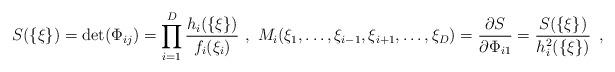
LaTeX: \begin{align*}S(\{\xi\})=\det(\Phi_{ij})=\prod_{i=1}^D{h_i(\{\xi\})\over f_i(\xi_i)} \ ,\ M_i(\xi_1,\dots,\xi_{i-1},\xi_{i+1},\dots,\xi_D) ={\partial S\over\partial\Phi_{i1}} ={S(\{\xi\})\over h_i^2(\{\xi\})}\enspace,\end{align*}